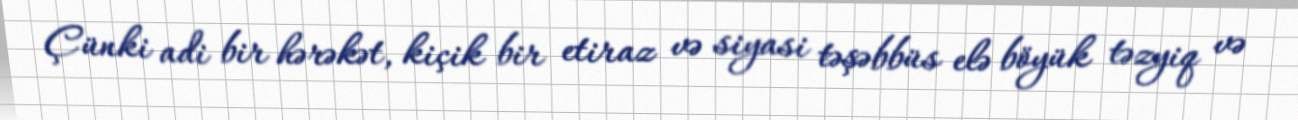
Çünki adi bir hərəkət, kiçik bir etiraz və siyasi təşəbbüs elə böyük təzyiq və